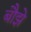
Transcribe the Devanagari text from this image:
बौझे